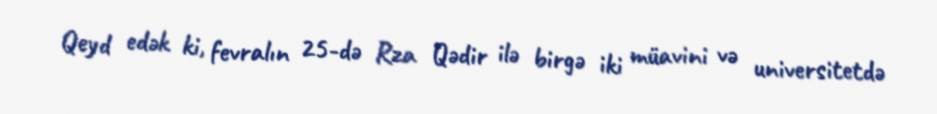
Qeyd edək ki, fevralın 25-də Rza Qədir ilə birgə iki müavini və universitetdə